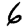
Digit: 6